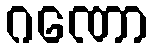
ဂဏော